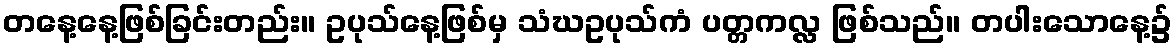
တနေ့နေ့ဖြစ်ခြင်းတည်း။ ဥပုသ်နေ့ဖြစ်မှ သံဃဥပုသ်ကံ ပတ္တကလ္လ ဖြစ်သည်။ တပါးသောနေ့၌